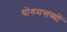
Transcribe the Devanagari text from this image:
योगमन्तव्यों